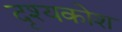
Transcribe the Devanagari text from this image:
दृश्यकोश